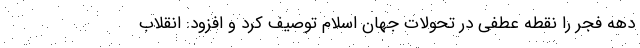
دهه فجر را نقطه عطفی در تحولات جهان اسلام توصیف کرد و افزود: انقلاب